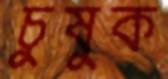
চুষুক